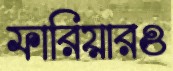
ফারিয়ারও